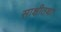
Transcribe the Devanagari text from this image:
साक्षीतथा